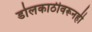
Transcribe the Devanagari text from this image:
डोलकाठीवरूनही